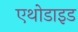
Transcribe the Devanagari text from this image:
एथोडाइड